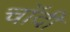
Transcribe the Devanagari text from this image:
चाॅदी